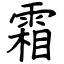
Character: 霜